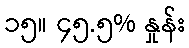
၁၅။ ၄၅.၅% နှုန်း